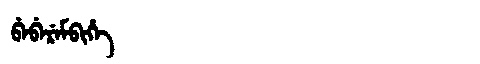
Manchu: ᠪᡝᠪᡝᡵᡝᠮᠪᡳᡥᡝ
Romanization: BEBEREMBIHE